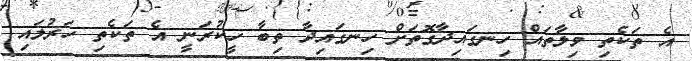
އެ ތަކެތި ވިލާތައް ހިނގައިދާގޮތަށް ހިނގައިދާ ތިބާ ހީކުރަނީ އެ ތަކެތި ހަރުލައި